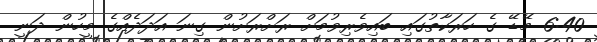
6:40 މޭޑޭ ގެ ހަރަކާތުގައި ބައިވެރިވުމަށް ރަށްރަށުން ގިނަ އަދަދެއްގެ މީހުން ދަނީ